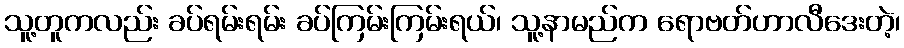
သူ့တူကလည်း ခပ်ရမ်းရမ်း ခပ်ကြမ်းကြမ်းရယ်၊ သူ့နာမည်က ရောဗတ်ဟာလီဒေးတဲ့၊